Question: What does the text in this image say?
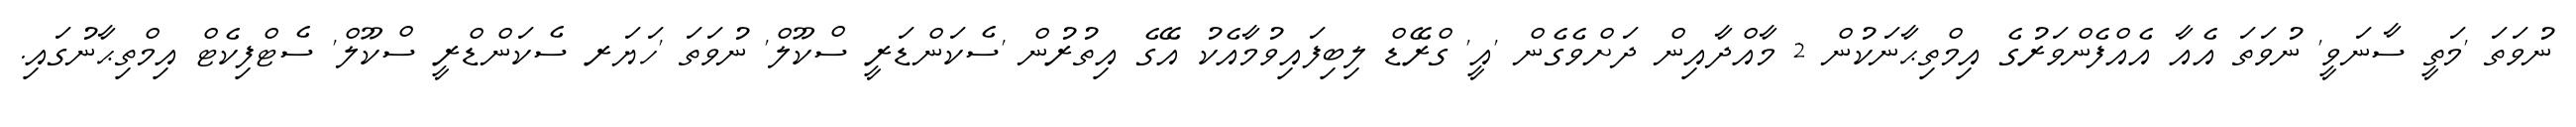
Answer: ނުވަތަ 'މަތީ ސާނަވީ' ނުވަތަ އެއާ އެއްފެންވަރުގެ އިމްތިޙާނަކުން 2 މާއްދާއިން ދަށްވެގެން 'އީ' ގްރޭޑް ލިބިފައިވުމާއެކު އޭގެ އިތުރުން 'ސެކަންޑަރީ ސްކޫލް' ނުވަތަ 'ހަޔަރ ސެކަންޑްރީ ސްކޫލް' ސެޓްފިކެޓް އިމްތިޙާނުގައި.